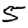
Digit: 5